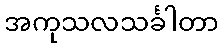
အကုသလသင်္ခါတာ